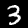
Label: 3